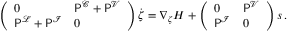
\begin{array} { r } { \left( \begin{array} { l l } { 0 } & { \mathsf { P } ^ { \mathcal { C } } + \mathsf { P } ^ { \mathcal { V } } } \\ { \mathsf { P } ^ { \mathcal { L } } + \mathsf { P } ^ { \mathcal { I } } } & { 0 } \end{array} \right) \dot { \boldsymbol { \zeta } } = \nabla _ { \zeta } H + \left( \begin{array} { l l } { 0 } & { \mathsf { P } ^ { \mathcal { V } } } \\ { \mathsf { P } ^ { \mathcal { I } } } & { 0 } \end{array} \right) \boldsymbol { s } \, . } \end{array}